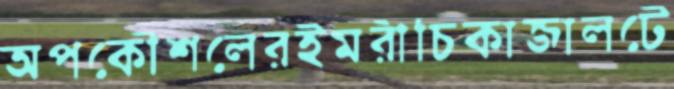
অপকৌশলেরইমরীচিকাজালটে